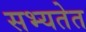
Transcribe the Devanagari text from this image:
सभ्यतेत